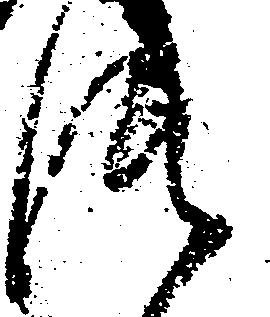
つ